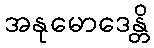
အနုမောဒေန္တိ